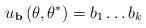
LaTeX: \begin{align*}u_{\mathbf{b}}\left( \theta,\theta^{\ast}\right) =b_{1}\dots b_{k}\end{align*}